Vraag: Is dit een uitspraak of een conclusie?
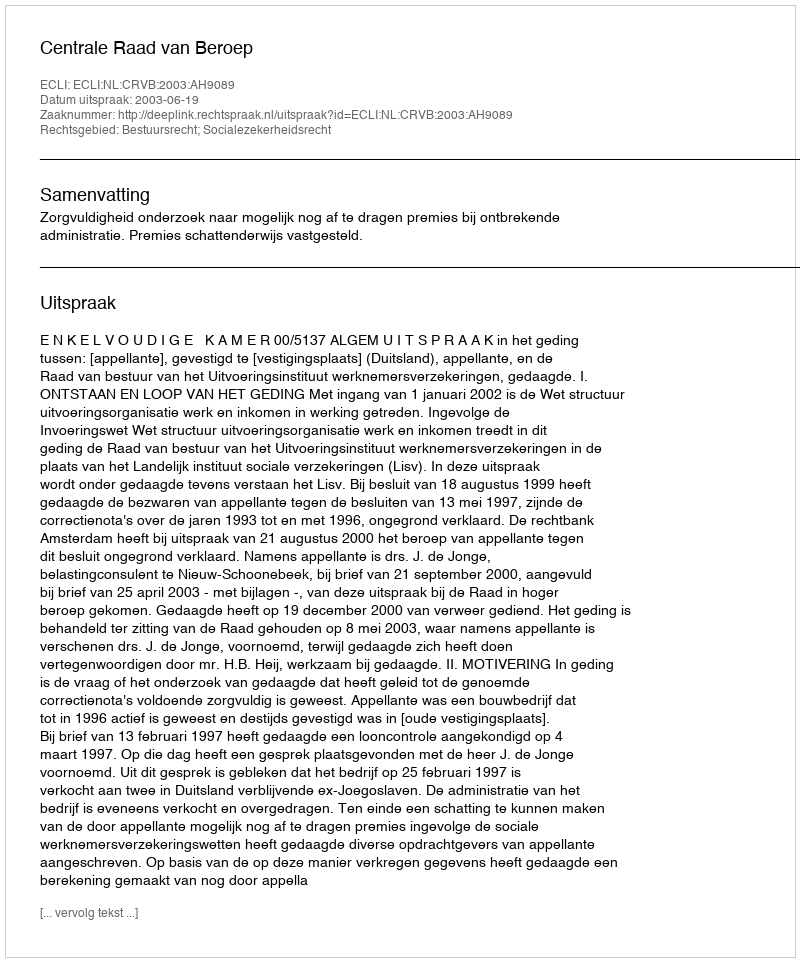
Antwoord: Uitspraak